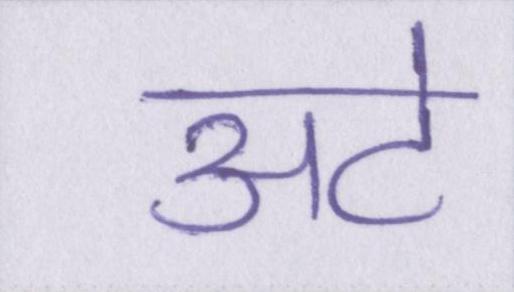
अटे